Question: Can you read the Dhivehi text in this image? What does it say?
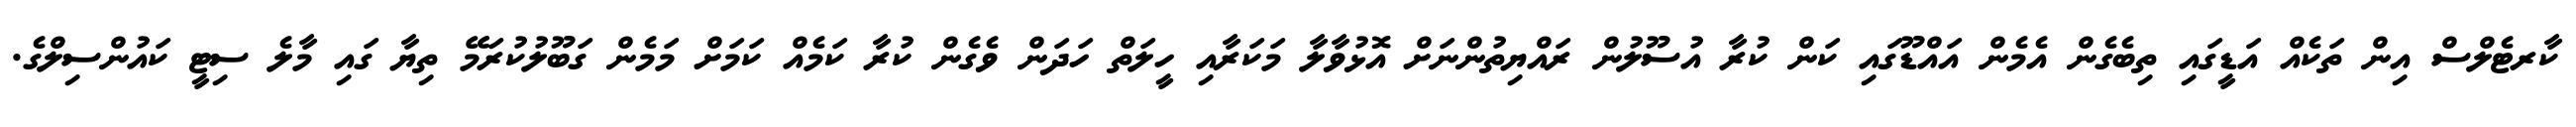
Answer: ކާރޓެލްސް އިން ތަކެއް އަޑީގައި ތިބެގެން އެމެން އައްޑޫގައި ކަން ކުރާ އުސޫލުން ރައްޔިތުންނަށް އޮޅުވާލާ މަކަރާއި ހީލަތް ހަދަން ވެގެން ކުރާ ކަމެއް ކަމަށް މަމެން ގަބޫލުކުރަމޭ ތިޔާ ގައި މާލެ ސިޓީ ކައުންސިލްގެ.